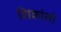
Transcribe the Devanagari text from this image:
शिकांगी